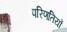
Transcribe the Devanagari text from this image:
परिणतियों